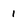
Character: 1